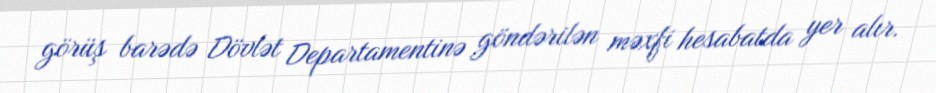
görüş barədə Dövlət Departamentinə göndərilən məxfi hesabatda yer alır.